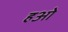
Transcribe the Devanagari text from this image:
हओ